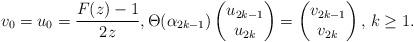
LaTeX: \begin{align*} v_0 = u_0=\frac{F(z)-1}{2z},\Theta(\alpha_{2k-1})\begin{pmatrix} u_{2k-1} \\ u_{2k} \end{pmatrix}=\begin{pmatrix} v_{2k-1} \\ v_{2k} \end{pmatrix},\, k \geq 1.\end{align*}